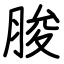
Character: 脧